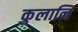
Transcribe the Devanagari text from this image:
कुलानि